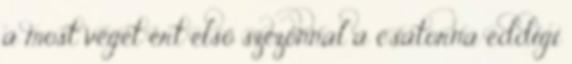
a most véget ért első szezonnal a csatorna eddigi